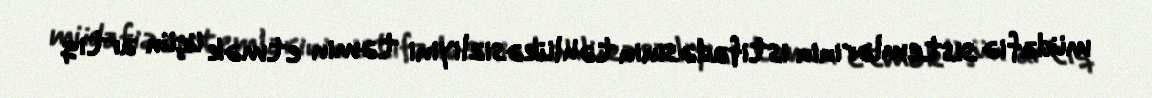
müdafiə sistemlərinin istifadəsinin təhlükəsizliyini təmin etmək üçün artıq